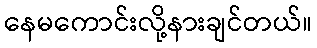
နေမကောင်းလို့နားချင်တယ်။